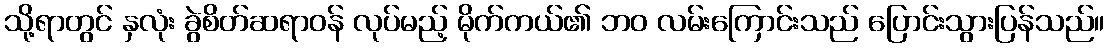
သို့ရာတွင် နှလုံး ခွဲစိတ်ဆရာဝန် လုပ်မည့် မိုက်ကယ်၏ ဘဝ လမ်းကြောင်းသည် ပြောင်းသွားပြန်သည်။